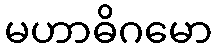
မဟာဓိဂမော